Report of the Indian Hemp Drugs Commission, 1894-1895 - Volume I
Year: 1894
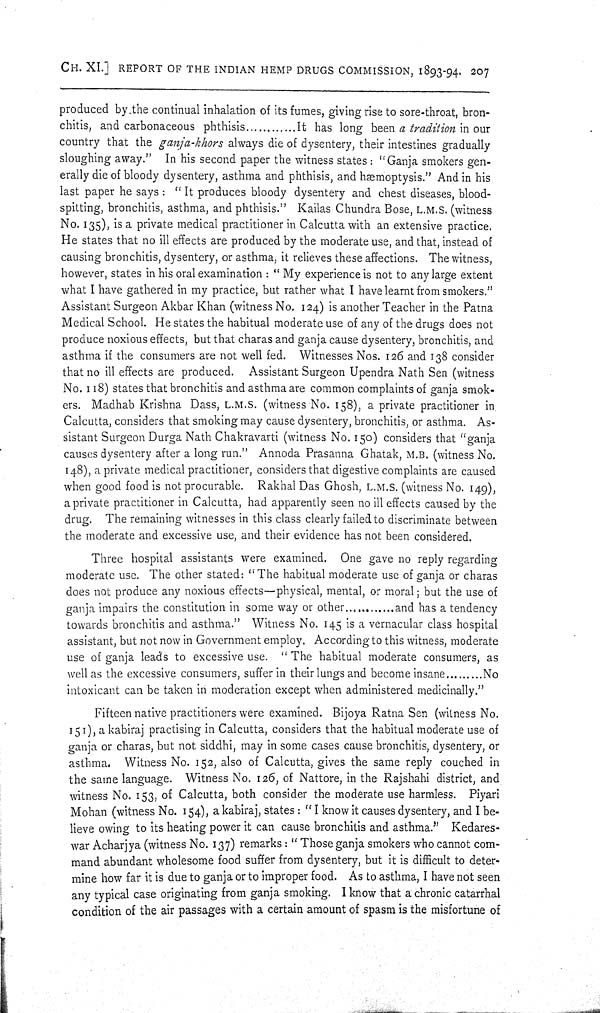
CH. XI.] REPORT OF THE INDIAN HEMP DRUGS COMMISSION, 1893-94. 207
produced by the continual inhalation of its fumes, giving rise to sore-throat, bron-
chitis, and carbonaceous phthisis
It has long been a tradition in our
country that the ganja-khors always die of dysentery, their intestines gradually
sloughing away." In his second paper the witness states: "Ganja smokers gen-
erally die of bloody dysentery, asthma and phthisis, and hæmoptysis." And in his
last paper he says: "It produces bloody dysentery and chest diseases, blood-
spitting, bronchitis, asthma, and phthisis." Kailas Chundra Bose, L.M.S. (witness
No. 135), is a private medical practitioner in Calcutta with an extensive practice.
He states that no ill effects are produced by the moderate use, and that, instead of
causing bronchitis, dysentery, or asthma, it relieves these affections. The witness,
however, states in his oral examination: "My experience is not to any large extent
what I hav e gathered in my practice, but rather what I have learnt from smokers."
Assistant Surgeon Akbar Khan (witness No. 124) is another Teacher in the Patna
Medical School. He states the habitual moderate use of any of the drugs does not
produce noxious effects, but that charas and ganja cause dysentery, bronchitis, and
asthma if the consumers are not well fed. Witnesses Nos. 126 and 138 consider
that no ill effects are produced. Assistant Surgeon Upendra Nath Sen (witness
No. 118) states that bronchitis and asthma are common complaints of ganja smok-
ers. Madhab Krishna Dass, L.M.S. (witness No. 158), a private practitioner in
Calcutta, considers that smoking may cause dysentery, bronchitis, or asthma. As-
sistant Surgeon Durga Nath Chakravarti (witness No. 150) considers that "ganja
causes dysentery after a long run." Annoda Prasanna Ghatak, M.B. (witness No.
148), a private medical practitioner, considers that digestive complaints are caused
when good food is not procurable. Rakhal Das Ghosh, L.M.S. (witness No. 149),
a private practitioner in Calcutta, had apparently seen no ill effects caused by the
drug. The remaining witnesses in this class clearly failed to discriminate between
the moderate and excessive use, and their evidence has not been considered.
Three hospital assistants were examined. One gave no reply regarding
moderate use. The other stated: "The habitual moderate use of ganja or charas
does not produce any noxious effects-physical, mental, or moral; but the use of
ganja impairs the constitution in some way or other
and has a tendency
towards bronchitis and asthma." Witness No. 145 is a vernacular class hospital
assistant, but not now in Government employ. According to this witness, moderate
use of ganja leads to excessive use. "The habitual moderate consumers, as
well as the excessive consumers, suffer in their lungs and become insane
No
intoxicant can be taken in moderation except when administered medicinally."
Fifteen native practitioners were examined. Bijoya Ratna Sen (witness No.
151), a kabiraj practising in Calcutta, considers that the habitual moderate use of
ganja or charas, but not siddhi, may in some cases cause bronchitis, dysentery, or
asthma. Witness No. 152, also of Calcutta, gives the same reply couched in
the same language. Witness No. 126, of Nattore, in the Rajshahi district, and
witness No. 153, of Calcutta, both consider the moderate use harmless. Piyari
Mohan (witness No. 154), a kabiraj, states: "I know it causes dysentery, and I be-
lieve owing to its heating power it can cause bronchitis and asthma." Kedares-
war Acharjya (witness No. 137) remarks: "Those ganja smokers who cannot com-
mand abundant wholesome food suffer from dysentery, but it is difficult to deter-
mine how far it is due to ganja or to improper food. As to asthma, I have not seen
any typical case originating from ganja smoking. I know that a chronic catarrhal
condition of the air passages with a certain amount of spasm is the misfortune of